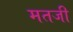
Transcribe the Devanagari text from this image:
मतजी